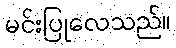
မင်းပြုလေသည်။